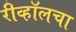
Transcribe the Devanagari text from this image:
रीव्हॉलचा